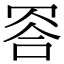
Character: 𦊭